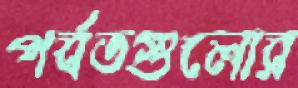
পর্বতগুলোর